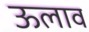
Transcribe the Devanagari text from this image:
ऊलाव